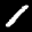
Label: 1